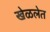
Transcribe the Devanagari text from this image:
खेळलेत